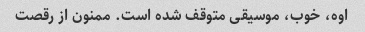
اوه، خوب، موسیقی متوقف شده است. ممنون از رقصت